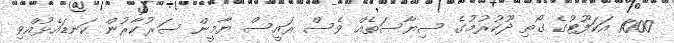
1000 އަކަފޫޓުގެ ގޯތި ދޫކުރުމުގެ ސިޔާސަތެއް ވެސް ރައީސް ޔާމީން ސަރުކާރުން ކަނޑައެޅުއްވި